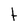
Character: t